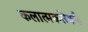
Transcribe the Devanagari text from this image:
कलात्मकतेकडे